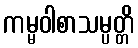
ကမ္မဝါစာသမ္ပတ္တိ